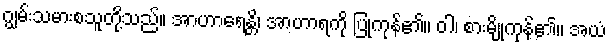
ဂျွမ်းသမားစသူတို့သည်။ အာဟာရေန္တိ၊ အာဟာရကို ပြုကုန်၏။ ဝါ၊ စားမျိုကုန်၏။ အယံ